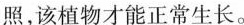
照，该植物才能正常生长。